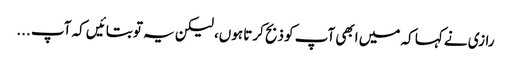
رازی نے کہا کہ میں ابھی آپ کو ذبح کرتا ہوں، لیکن یہ تو بتائیں کہ آپ ...